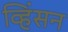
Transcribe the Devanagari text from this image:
व्हिंसन